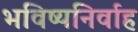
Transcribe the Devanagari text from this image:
भविष्यनिर्वाह